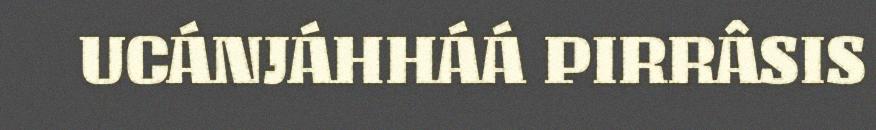
UCÁNJÁHHÁÁ PIRRÂSIS